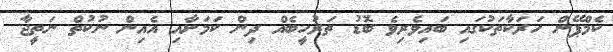
ކެމްޕޭން ހަރަކާތަކުގައި ބައިވެރިވެ ބޮޑު ތަރުހީބެއް ދިން ކަމަށާއި އެއިން ނުކުތް ނަތީޖާ